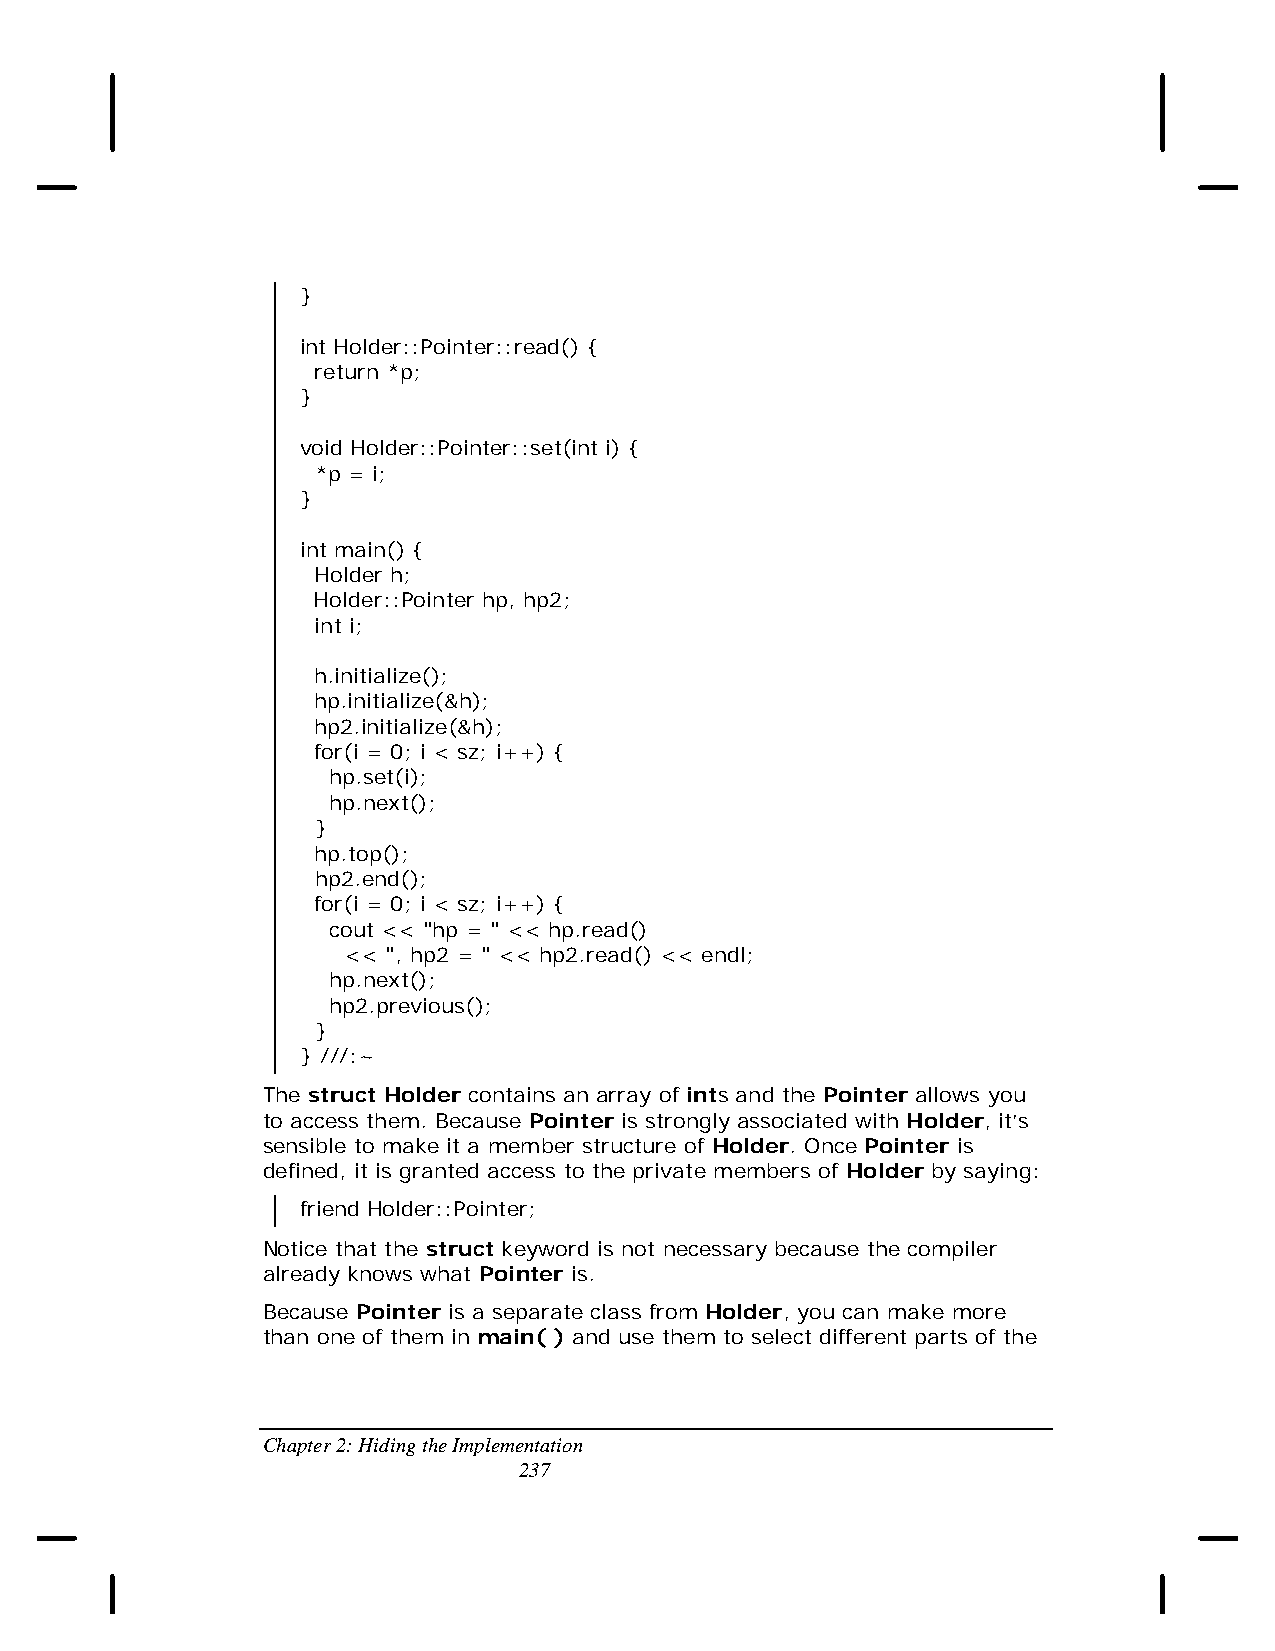
}
 int Holder::Pointer::read() {
 return *p;
 }
 void Holder::Pointer::set(int i) {
 *p = i;
 }
 int main() {
 Holder h;
 Holder::Pointer hp, hp2;
 int i;
 h.initialize();
 hp.initialize(&h);
 hp2.initialize(&h);
 for(i = 0; i < sz; i++) {
 hp.set(i);
 hp.next();
 }
 hp.top();
 hp2.end();
 for(i = 0; i < sz; i++) {
 cout << "hp = " << hp.read()
 << ", hp2 = " << hp2.read() << endl;
 hp.next();
 hp2.previous();
 }
 } ///:~
 The struct Holder contains an array of ints and the Pointer allows you
 to access them. Because Pointer is strongly associated with Holder, it’s
 sensible to make it a member structure of Holder. Once Pointer is
 defined, it is granted access to the private members of Holder by saying:
 friend Holder::Pointer;
 Notice that the struct keyword is not necessary because the compiler
 already knows what Pointer is.
 Because Pointer is a separate class from Holder, you can make more
 than one of them in main( ) and use them to select different parts of the
 Chapter 2: Hiding the Implementation
 237